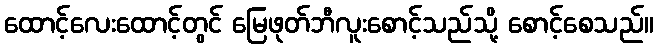
ထောင့်လေးထောင့်တွင် မြေဖုတ်ဘီလူးစောင့်သည်သို့ စောင့်စေသည်။